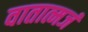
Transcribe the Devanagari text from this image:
वातात्मजं